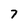
Character: 7